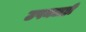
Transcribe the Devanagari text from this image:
उपनद्याही